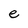
Character: e